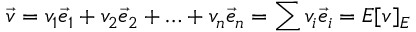
{ \vec { v } } = v _ { 1 } { \vec { e } } _ { 1 } + v _ { 2 } { \vec { e } } _ { 2 } + \ldots + v _ { n } { \vec { e } } _ { n } = \sum v _ { i } { \vec { e } } _ { i } = E [ v ] _ { E }